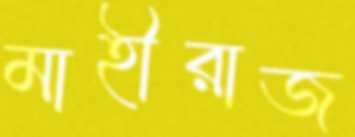
মাহীরাজ